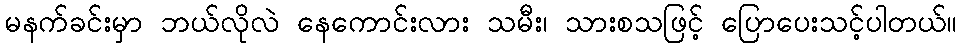
မနက်ခင်းမှာ ဘယ်လိုလဲ နေကောင်းလား သမီး၊ သားစသဖြင့် ပြောပေးသင့်ပါတယ်။